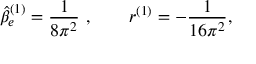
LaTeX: \hat { \beta } _ { e } ^ { ( 1 ) } = \frac 1 { 8 \pi ^ { 2 } } \ , \qquad r ^ { ( 1 ) } = - \frac 1 { 1 6 \pi ^ { 2 } } ,